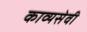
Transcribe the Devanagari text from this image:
काव्यसेवी